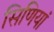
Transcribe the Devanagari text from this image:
सिणियां